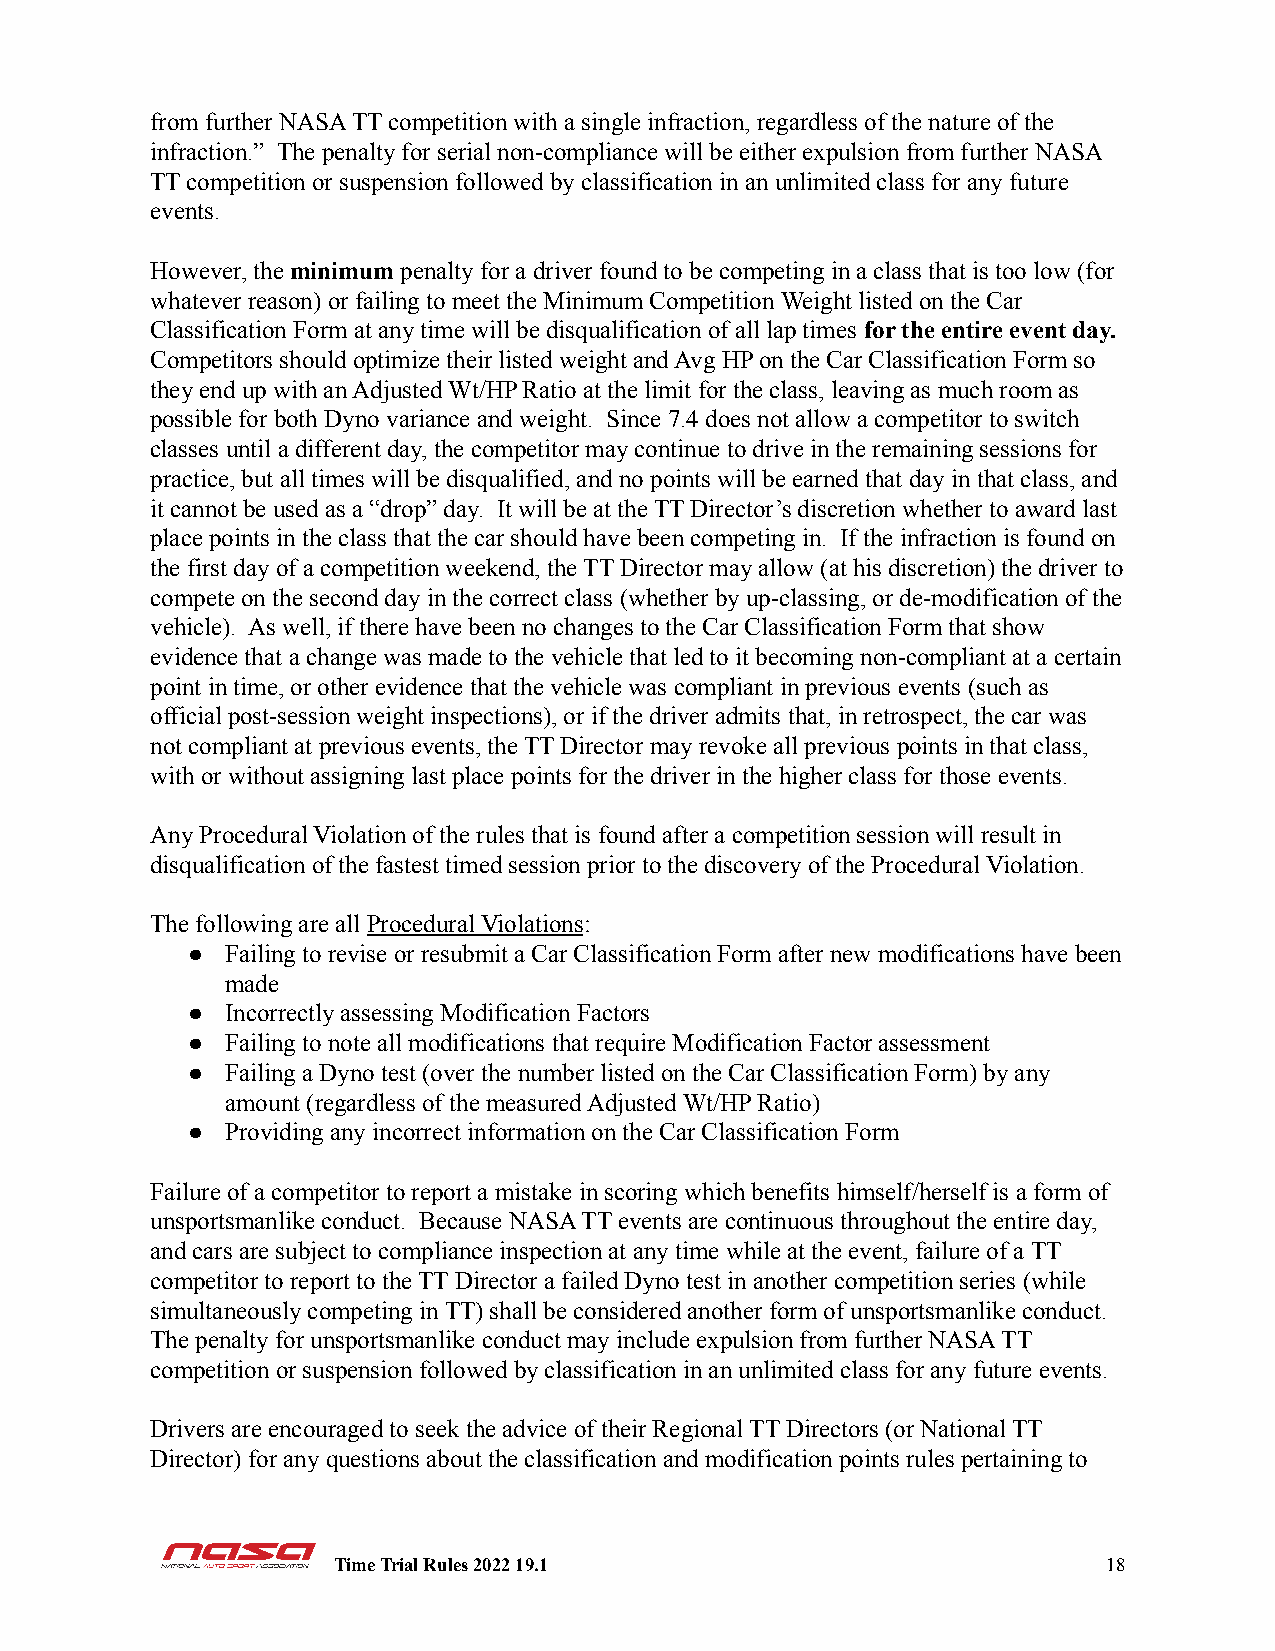
from further NASA TT competition with a single infraction, regardless of the nature of the
 infraction.” The penalty for serial non-compliance will be either expulsion from further NASA
 TT competition or suspension followed by classification in an unlimited class for any future
 events.
 However, theminimum penalty for a driver found to be competing in a class that is too low (for
 whatever reason) or failing to meet the Minimum Competition Weight listed on the Car
 Classification Form at any time will be disqualification of all lap times for the entire event day.
 Competitors should optimize their listed weight and Avg HP on the Car Classification Form so
 they end up with an Adjusted Wt/HP Ratio at the limit for the class, leaving as much room as
 possible for both Dyno variance and weight. Since 7.4 does not allow a competitor to switch
 classes until a different day, the competitor may continue to drive in the remaining sessions for
 practice, but all times will be disqualified, and no points will be earned that day in that class, and
 it cannot be used as a “drop” day. It will be at the TT Director’s discretion whether to award last
 place points in the class that the car should have been competing in. If the infraction is found on
 the first day of a competition weekend, the TT Director may allow (at his discretion) the driver to
 compete on the second day in the correct class (whether by up-classing, or de-modification of the
 vehicle). As well, if there have been no changes to the Car Classification Form that show
 evidence that a change was made to the vehicle that led to it becoming non-compliant at a certain
 point in time, or other evidence that the vehicle was compliant in previous events (such as
 official post-session weight inspections), or if the driver admits that, in retrospect, the car was
 not compliant at previous events, the TT Director may revoke all previous points in that class,
 with or without assigning last place points for the driver in the higher class for those events.
 Any Procedural Violation of the rules that is found after a competition session will result in
 disqualification of the fastest timed session prior to the discovery of the Procedural Violation.
 The following are all Procedural Violations:
 ●  Failing to revise or resubmit a Car Classification Form after new modifications have been
 made
 ●  Incorrectly assessing Modification Factors
 ●  Failing to note all modifications that require Modification Factor assessment
 ●  Failing a Dyno test (over the number listed on the Car Classification Form) by any
 amount (regardless of the measured Adjusted Wt/HP Ratio)
 ●  Providing any incorrect information on the Car Classification Form
 Failure of a competitor to report a mistake in scoring which benefits himself/herself is a form of
 unsportsmanlike conduct. Because NASA TT events are continuous throughout the entire day,
 and cars are subject to compliance inspection at any time while at the event, failure of a TT
 competitor to report to the TT Director a failed Dyno test in another competition series (while
 simultaneously competing in TT) shall be considered another form of unsportsmanlike conduct.
 The penalty for unsportsmanlike conduct may include expulsion from further NASA TT
 competition or suspension followed by classification in an unlimited class for any future events.
 Drivers are encouraged to seek the advice of their Regional TT Directors (or National TT
 Director) for any questions about the classification and modification points rules pertaining to
 Time Trial Rules 2022 19.1                         18